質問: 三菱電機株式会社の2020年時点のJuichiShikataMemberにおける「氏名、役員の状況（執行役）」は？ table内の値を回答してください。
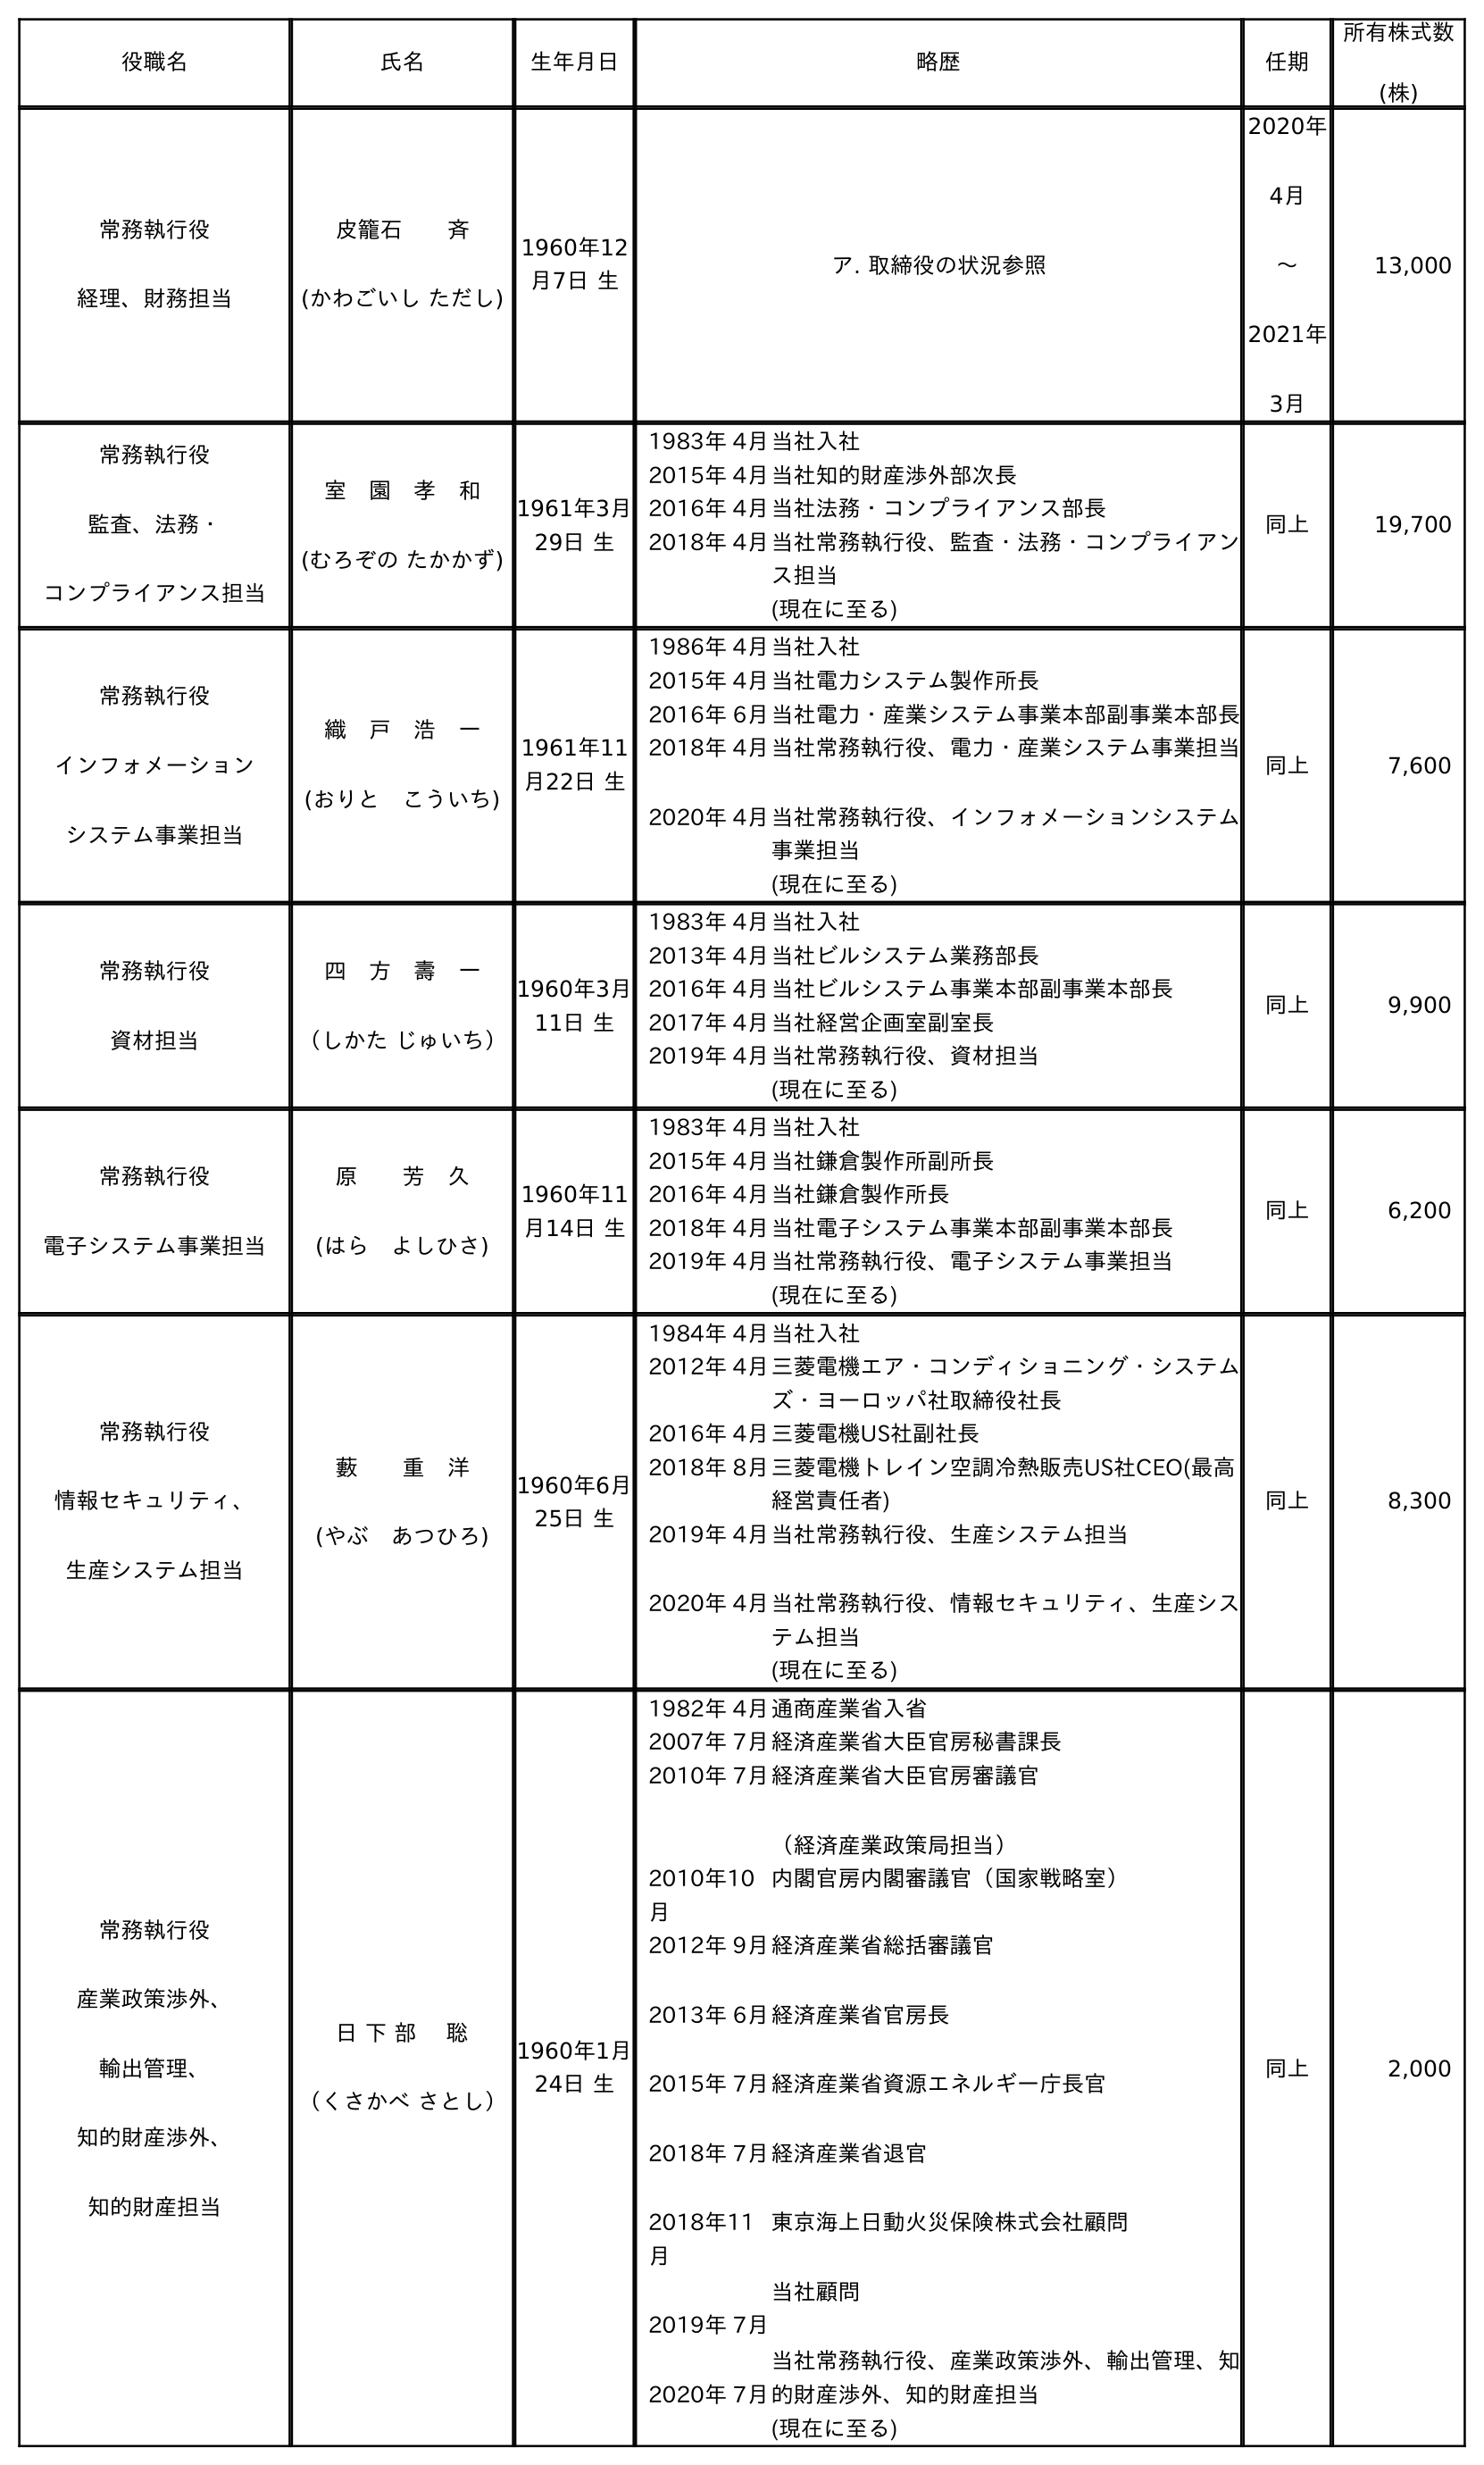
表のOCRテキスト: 役職名 氏名 生年月日 略歴 任期 所有株式数 (株) 常務執行役 経理、財務担当 皮籠石  斉 (かわごいし ただし) 1960年12 月7日 生 ア. 取締役の状況参照 2020年 4月 〜 2021年 3月 13,000 常務執行役 監査、法務・ コンプライアンス担当 室 園 孝 和 (むろぞの たかかず) 1961年3月 29日 生 1983年 4月当社入社 2015年 4月当社知的財産渉外部次長 2016年 4月当社法務・コンプライアンス部長 2018年 4月当社常務執行役、監査・法務・コンプライアン ス担当 (現在に至る) 同上 19,700 常務執行役 インフォメーション システム事業担当 織 戶 浩 一 (おりと こういち) 1961年11 月22日 生 1986年 4月当社入社 2015年 4月当社電力システム製作所長 2016年 6月当社電力・産業システム事業本部副事業本部長 2018年 4月 2020年 4月 当社常務執行役、電力・産業システム事業担当 当社常務執行役、インフォメーションシステム 事業担当 (現在に至る) 同上 7,600 常務執行役 資材担当 四 方 壽 一 （しかた じゅいち） 1960年3月 11日 生 1983年 4月当社入社 2013年 4月当社ビルシステム業務部長 2016年 4月当社ビルシステム事業本部副事業本部長 2017年 4月当社経営企画室副室長 2019年 4月当社常務執行役、資材担当 (現在に至る) 同上 9,900 常務執行役 電子システム事業担当 原  芳 久 (はら よしひさ) 1960年11 月14日 生 1983年 4月当社入社 2015年 4月当社鎌倉製作所副所長 2016年 4月当社鎌倉製作所長 2018年 4月当社電子システム事業本部副事業本部長 2019年 4月当社常務執行役、電子システム事業担当 (現在に至る) 同上 6,200 常務執行役 情報セキュリティ、 生産システム担当 藪  重 洋 (やぶ あつひろ) 1960年6月 25日 生 1984年 4月当社入社 2012年 4月三菱電機エア・コンディショニング・システム ズ・ヨーロッパ社取締役社長 2016年 4月三菱電機US社副社長 2018年 8月三菱電機トレイン空調冷熱販売US社CEO(最高 経営責任者) 2019年 4月 2020年 4月 当社常務執行役、生産システム担当 当社常務執行役、情報セキュリティ、生産シス テム担当 (現在に至る) 同上 8,300 常務執行役 産業政策渉外、 輸出管理、 知的財産渉外、 知的財産担当 日 下 部  聡 （くさかべ さとし） 1960年1月 24日 生 1982年 4月通商産業省入省 2007年 7月経済産業省大臣官房秘書課長 2010年 7月経済産業省大臣官房審議官 （経済産業政策局担当） 2010年10 月 内閣官房内閣審議官（国家戦略室） 2012年 9月 2013年 6月 2015年 7月 2018年 7月 2018年11 月 2019年 7月 2020年 7月 経済産業省総括審議官 経済産業省官房長 経済産業省資源エネルギー庁長官 経済産業省退官 東京海上日動火災保険株式会社顧問 当社顧問 当社常務執行役、産業政策渉外、輸出管理、知 的財産渉外、知的財産担当 (現在に至る) 同上 2,000
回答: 四　方　壽　一（しかた じゅいち）